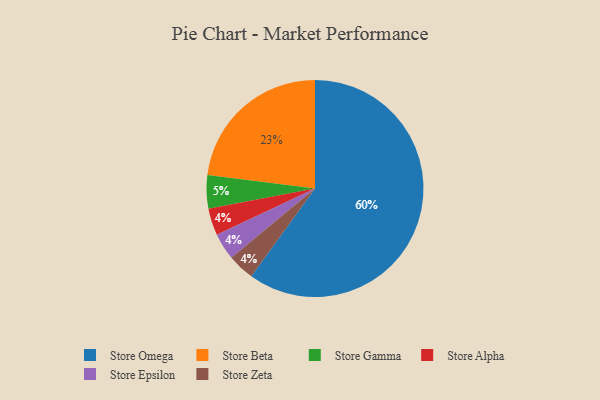
{"axis": {"x": "Category", "y": "Percentage"}, "legend": ["Store Alpha", "Store Beta", "Store Epsilon", "Store Gamma", "Store Omega", "Store Zeta"], "data": [{"x": "Store Beta", "y": 23, "type": "Store Beta"}, {"x": "Store Alpha", "y": 4, "type": "Store Alpha"}, {"x": "Store Epsilon", "y": 4, "type": "Store Epsilon"}, {"x": "Store Gamma", "y": 5, "type": "Store Gamma"}, {"x": "Store Omega", "y": 60, "type": "Store Omega"}, {"x": "Store Zeta", "y": 4, "type": "Store Zeta"}]}